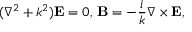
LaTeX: ( \nabla ^ { 2 } + k ^ { 2 } ) \mathbf { E } = 0 , \, \mathbf { B } = - { \frac { i } { k } } \nabla \times \mathbf { E } ,